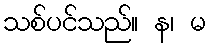
သစ်ပင်သည်။ န၊ မ